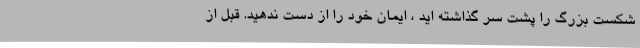
شکست بزرگ را پشت سر گذاشته اید ، ایمان خود را از دست ندهید. قبل از